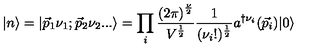
| n \rangle = | { \vec { p } } _ { 1 } \nu _ { 1 } ; { \vec { p } } _ { 2 } \nu _ { 2 } . . . \rangle = \prod _ { i } { \frac { { ( 2 \pi ) } ^ { \frac { \nu } { 2 } } } { V ^ { \frac { 1 } { 2 } } } } { \frac { 1 } { ( \nu _ { i } ! ) ^ { \frac { 1 } { 2 } } } } a ^ { \dag \nu _ { i } } ( { \vec { p } } _ { i } ) | 0 \rangle